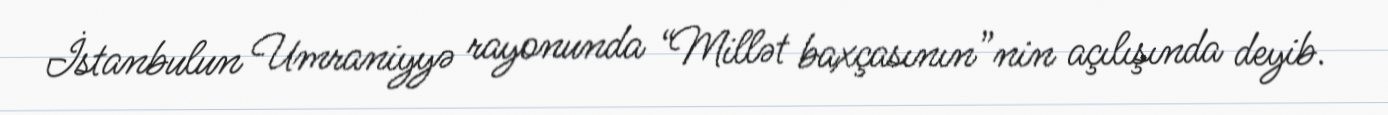
İstanbulun Umraniyyə rayonunda “Millət baxçasının”nin açılışında deyib.